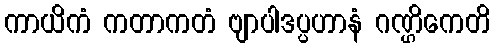
ကာယိကံ ကတာကတံ ဗျာပါဒပ္ပဟာနံ ဂဏ္ဌိကေတိ